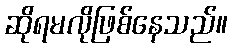
ဆိုရမလိုဖြစ်နေသည်။